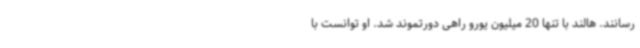
رسانند. هالند با تنها 20 میلیون یورو راهی دورتموند شد. او توانست با